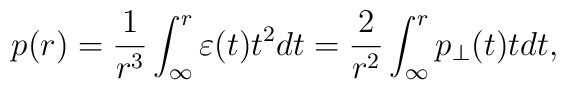
p(r)=\frac{1}{r^3}\int_{\infty}^{r}{\varepsilon (t)t^2dt}=\frac{2}{r^2}\int_{\infty}^{r}{p_\perp (t)tdt},